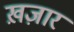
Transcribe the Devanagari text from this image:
ख़ज़ार